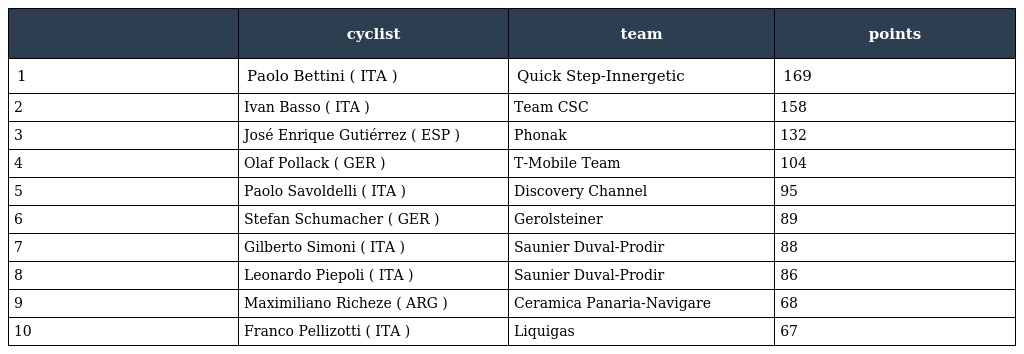
|  | cyclist | team | points |
 | --- | --- | --- | --- |
 | 1 | Paolo Bettini ( ITA ) | Quick Step-Innergetic | 169 |
 | 2 | Ivan Basso ( ITA ) | Team CSC | 158 |
 | 3 | José Enrique Gutiérrez ( ESP ) | Phonak | 132 |
 | 4 | Olaf Pollack ( GER ) | T-Mobile Team | 104 |
 | 5 | Paolo Savoldelli ( ITA ) | Discovery Channel | 95 |
 | 6 | Stefan Schumacher ( GER ) | Gerolsteiner | 89 |
 | 7 | Gilberto Simoni ( ITA ) | Saunier Duval-Prodir | 88 |
 | 8 | Leonardo Piepoli ( ITA ) | Saunier Duval-Prodir | 86 |
 | 9 | Maximiliano Richeze ( ARG ) | Ceramica Panaria-Navigare | 68 |
 | 10 | Franco Pellizotti ( ITA ) | Liquigas | 67 |